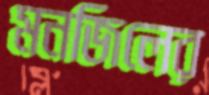
মনজিলের